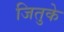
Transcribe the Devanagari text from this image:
जितुके